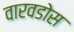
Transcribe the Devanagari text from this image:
वारवडोस